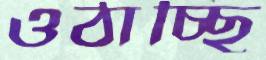
ওঠাচ্ছি